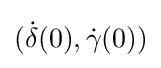
({\dot {\delta }}(0),{\dot {\gamma }}(0))